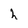
Character: h